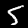
Digit: 5